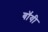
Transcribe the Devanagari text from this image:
बॉंयी